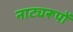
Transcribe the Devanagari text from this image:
नाट्यरूपों